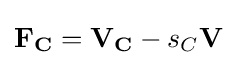
\mathbf {F_{C}} =\mathbf {V_{C}} -s_{C}\mathbf {V}